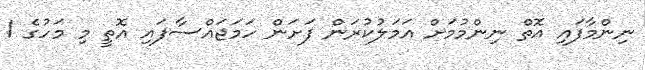
ނިންމާފައި އޮތް ނިންމުމަށް އަމަލުކުރަން ފަށަން ހަމަޖައްސާފައި އޮތީ މި މަހުގެ 1